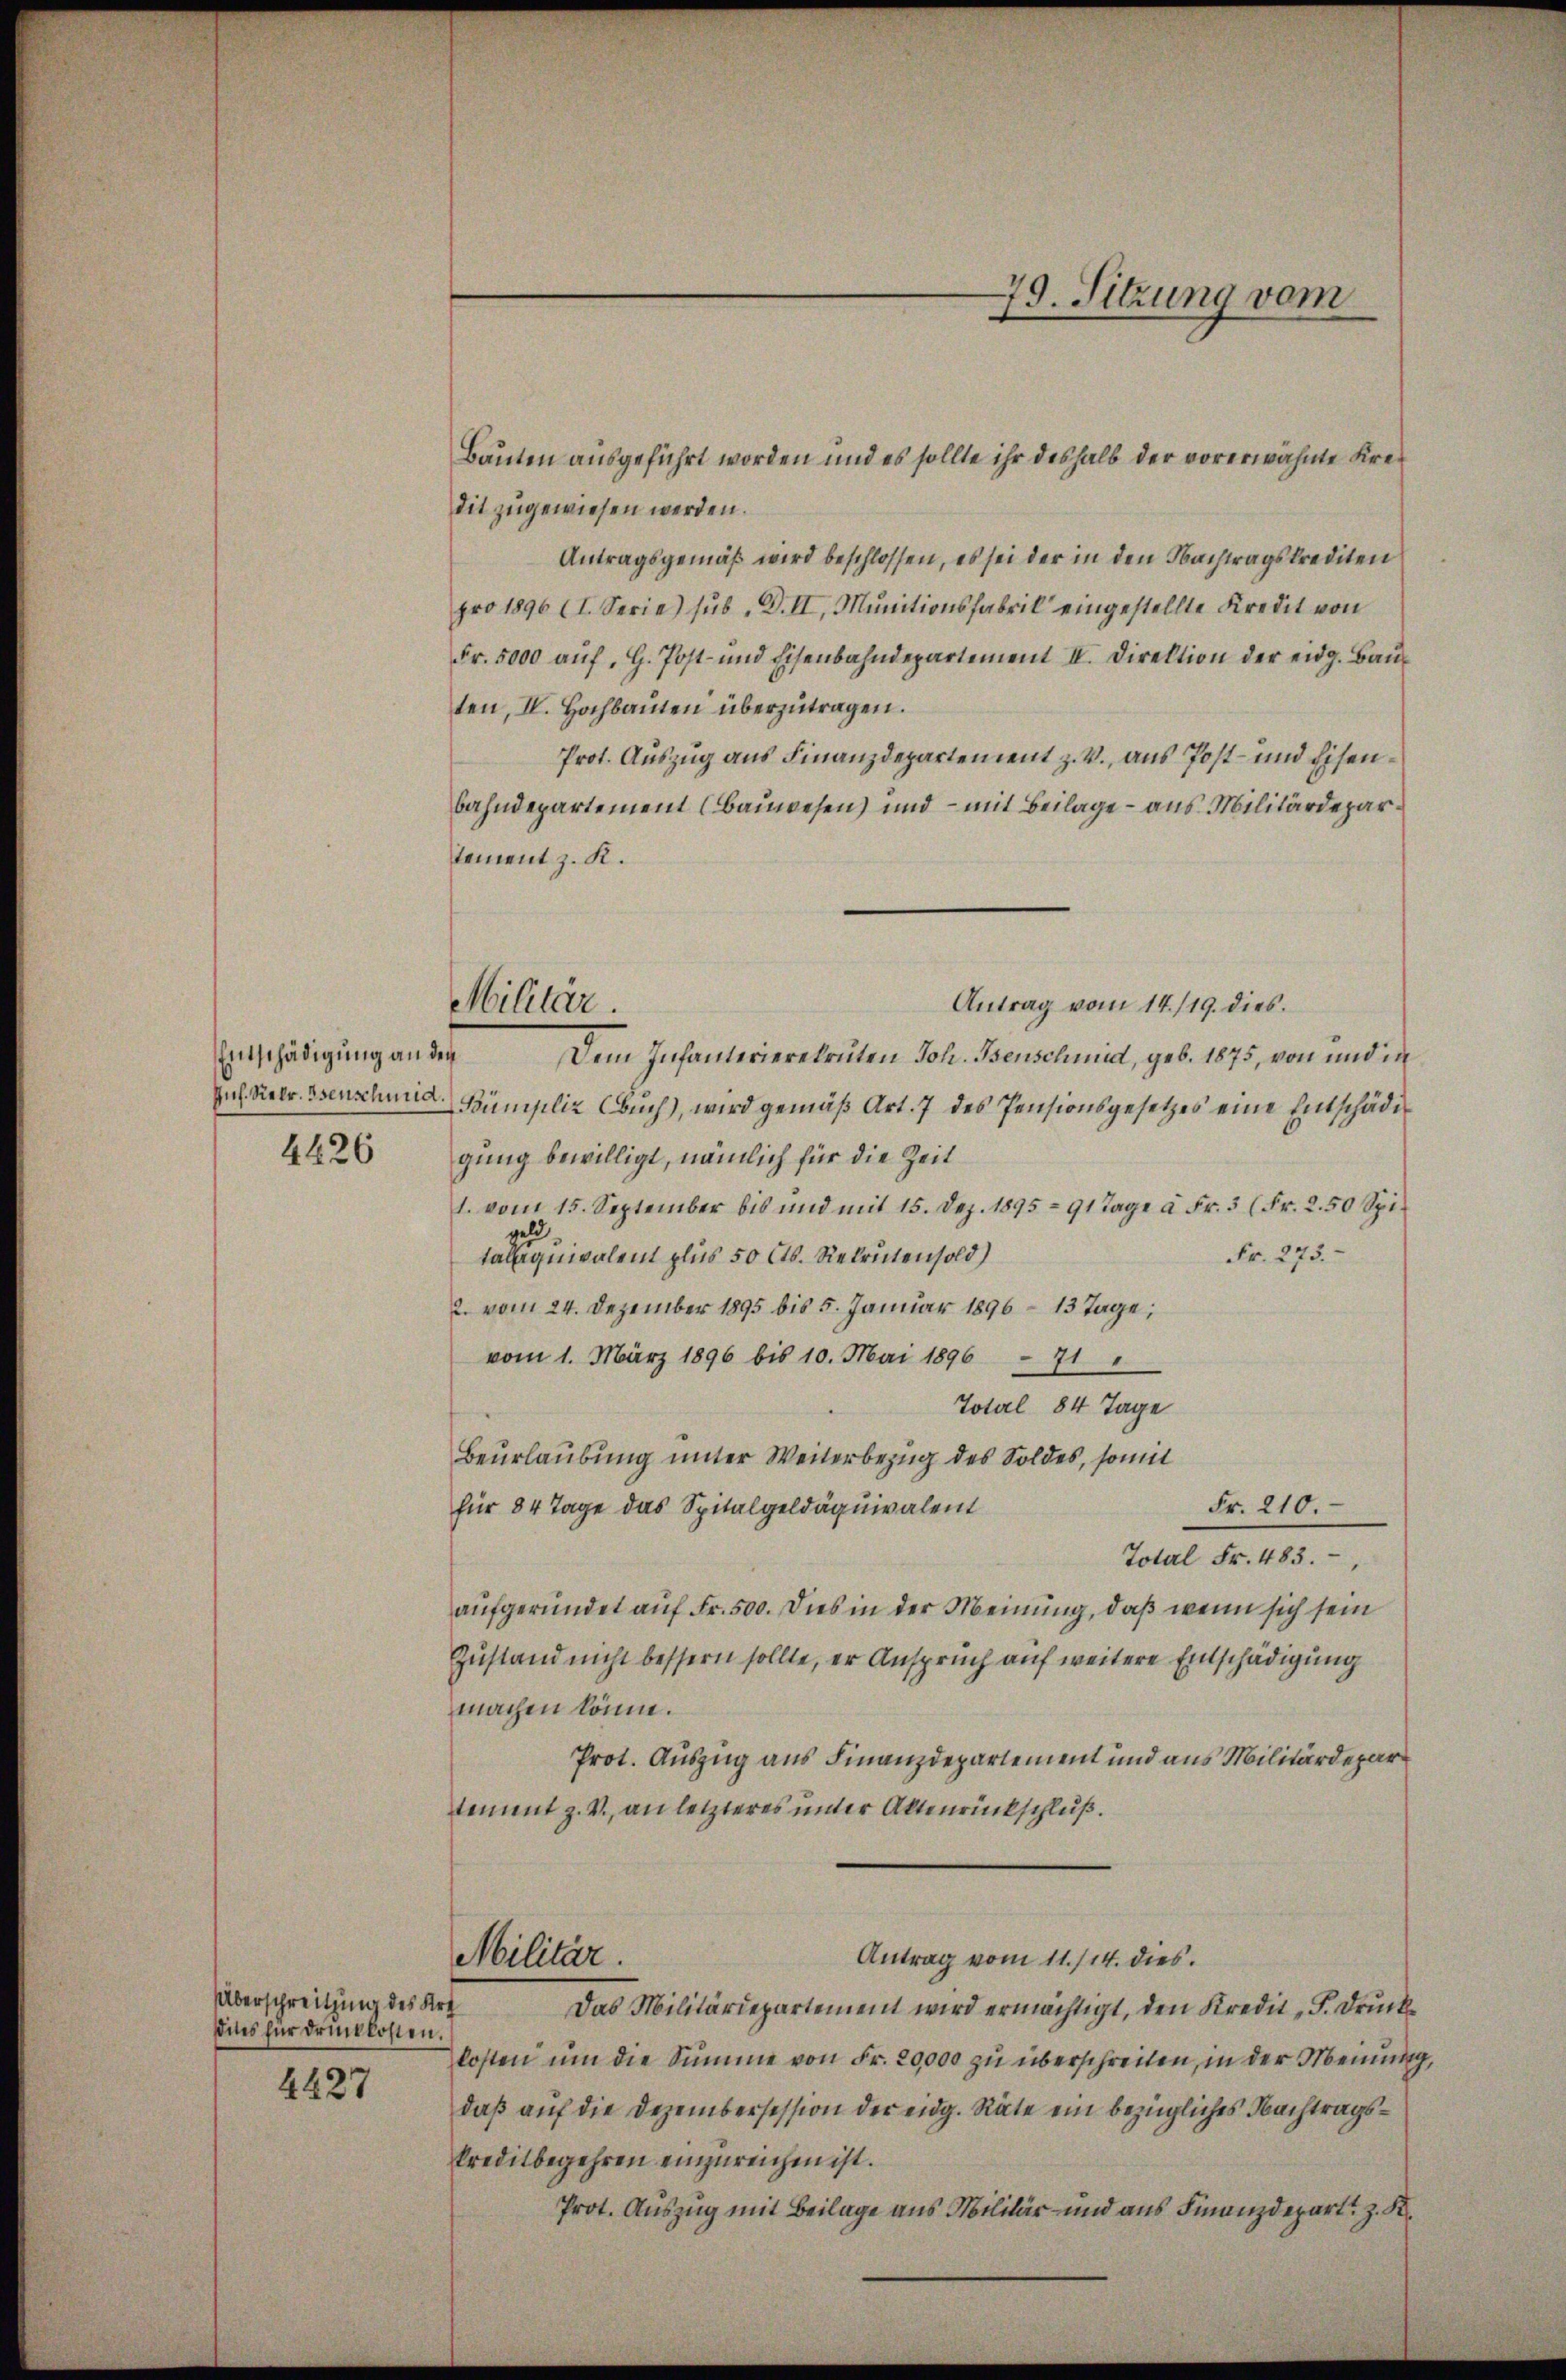
Entschädigung an den

4426

Überschreitzung des Art
sies für drückkosten.

4427

Bauten ausgeführt worden und es sollte ihr deshalb der vorerwähnte Kredit zugewiesen werden.
Antragsgemäß wird beschlossen, es sei der in den Nachtragskrediten
pro 1896 (I. Serie) sub, D. II, Munitionsfabrik eingestellte Kredit von
Fr. 5000 auf, G. Post- und Eisenbahndepartement II. Direktion der eidg. Bauten, IV. Hochbauten überzutragen.
Prot. Auszug aus Finanzdepartement z. V., aus Post- und Eisenbahndepartement (Bauwesen) und – mit Beilage – aus Militärdepartement z. K.
Antrag vom 14./19. dies
Dem Infanterierekruten Joh. Bsenschmid, geb. 1875, von und in
Jul. Retr. Isenschmid, Bümpliz (Buch), wird gemäß Art. 7 des Pensionsgesetzes eine Entschädigung bewilligt, nämlich für die Zeit
1. vom 15. September bis und mit 15. Dez. 1895 - 91 Tage à Fr. 3 (Fr. 2.50 Spizu
Fr. 273.
talquivalent plus 50 Cts. Rekruten sold)
2. vom 24. Dezember 1895 bis 5. Januar 1896 – 13 Tage,
vom 1. März 1896 bis 10. Mai 1896 - 71
Total 84 Tage
Beurlaubung unter Weiterbezug des Soldes, somit
Fr. 210.
für 84 Tage das Spitalgeldäquivalent
Total Fr. 483.
aufgeründet auf Fr. 500. Dies in der Meinung, daß wenn sich sein
Zustand nicht bessern sollte, er Anspruch auf weitere Entschädigung
machen könne.
Prot. Auszug aus Finanzdepartement und aus Militärdepar
tement z. V., an letzteres unter Altenrückschluß.
Antrag vom 11./14. dies
Militär.
Das Militärdepartement wird ermächtigt, den Kredit F. Druckkosten um die Summe von Fr. 20,000 zu überschreiten, in der Meinung,
daß auf die Dezembersession der eidg. Räte ein bezügliches Nachtrags¬
Preditbegehren einzureichen ist.
Prot. Auszug mit Beilage aus Militär- und aus Finanzdepart z. K.

Militär.

79. Sitzung vom